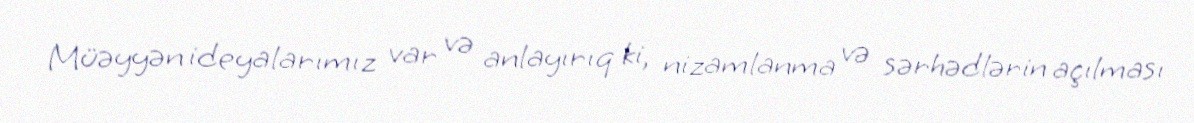
Müəyyən ideyalarımız var və anlayırıq ki, nizamlanma və sərhədlərin açılması